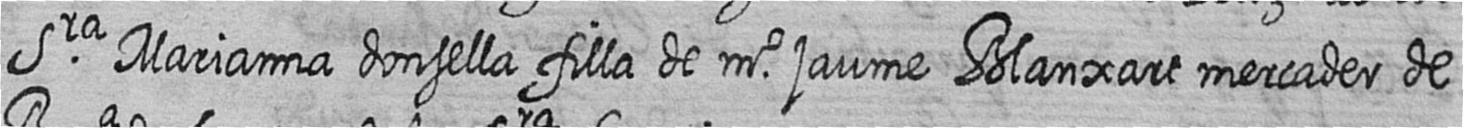
Sra Marianna donsella filla de mr jaume Blanxart mercader de